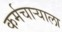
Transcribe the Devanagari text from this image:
कर्मचाऱ्याला